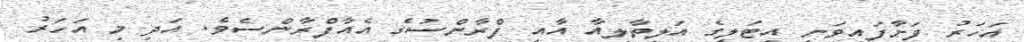
އަހަރު ފަށާފައިވަނީ އިޓަލީގެ އަލިތާލިއާ އާއި ފްރާންސުގެ އެއާފްރާންސެވެ. އަދި މި އަހަރު